NAE_eestikeelseid_kaarte, lk 6
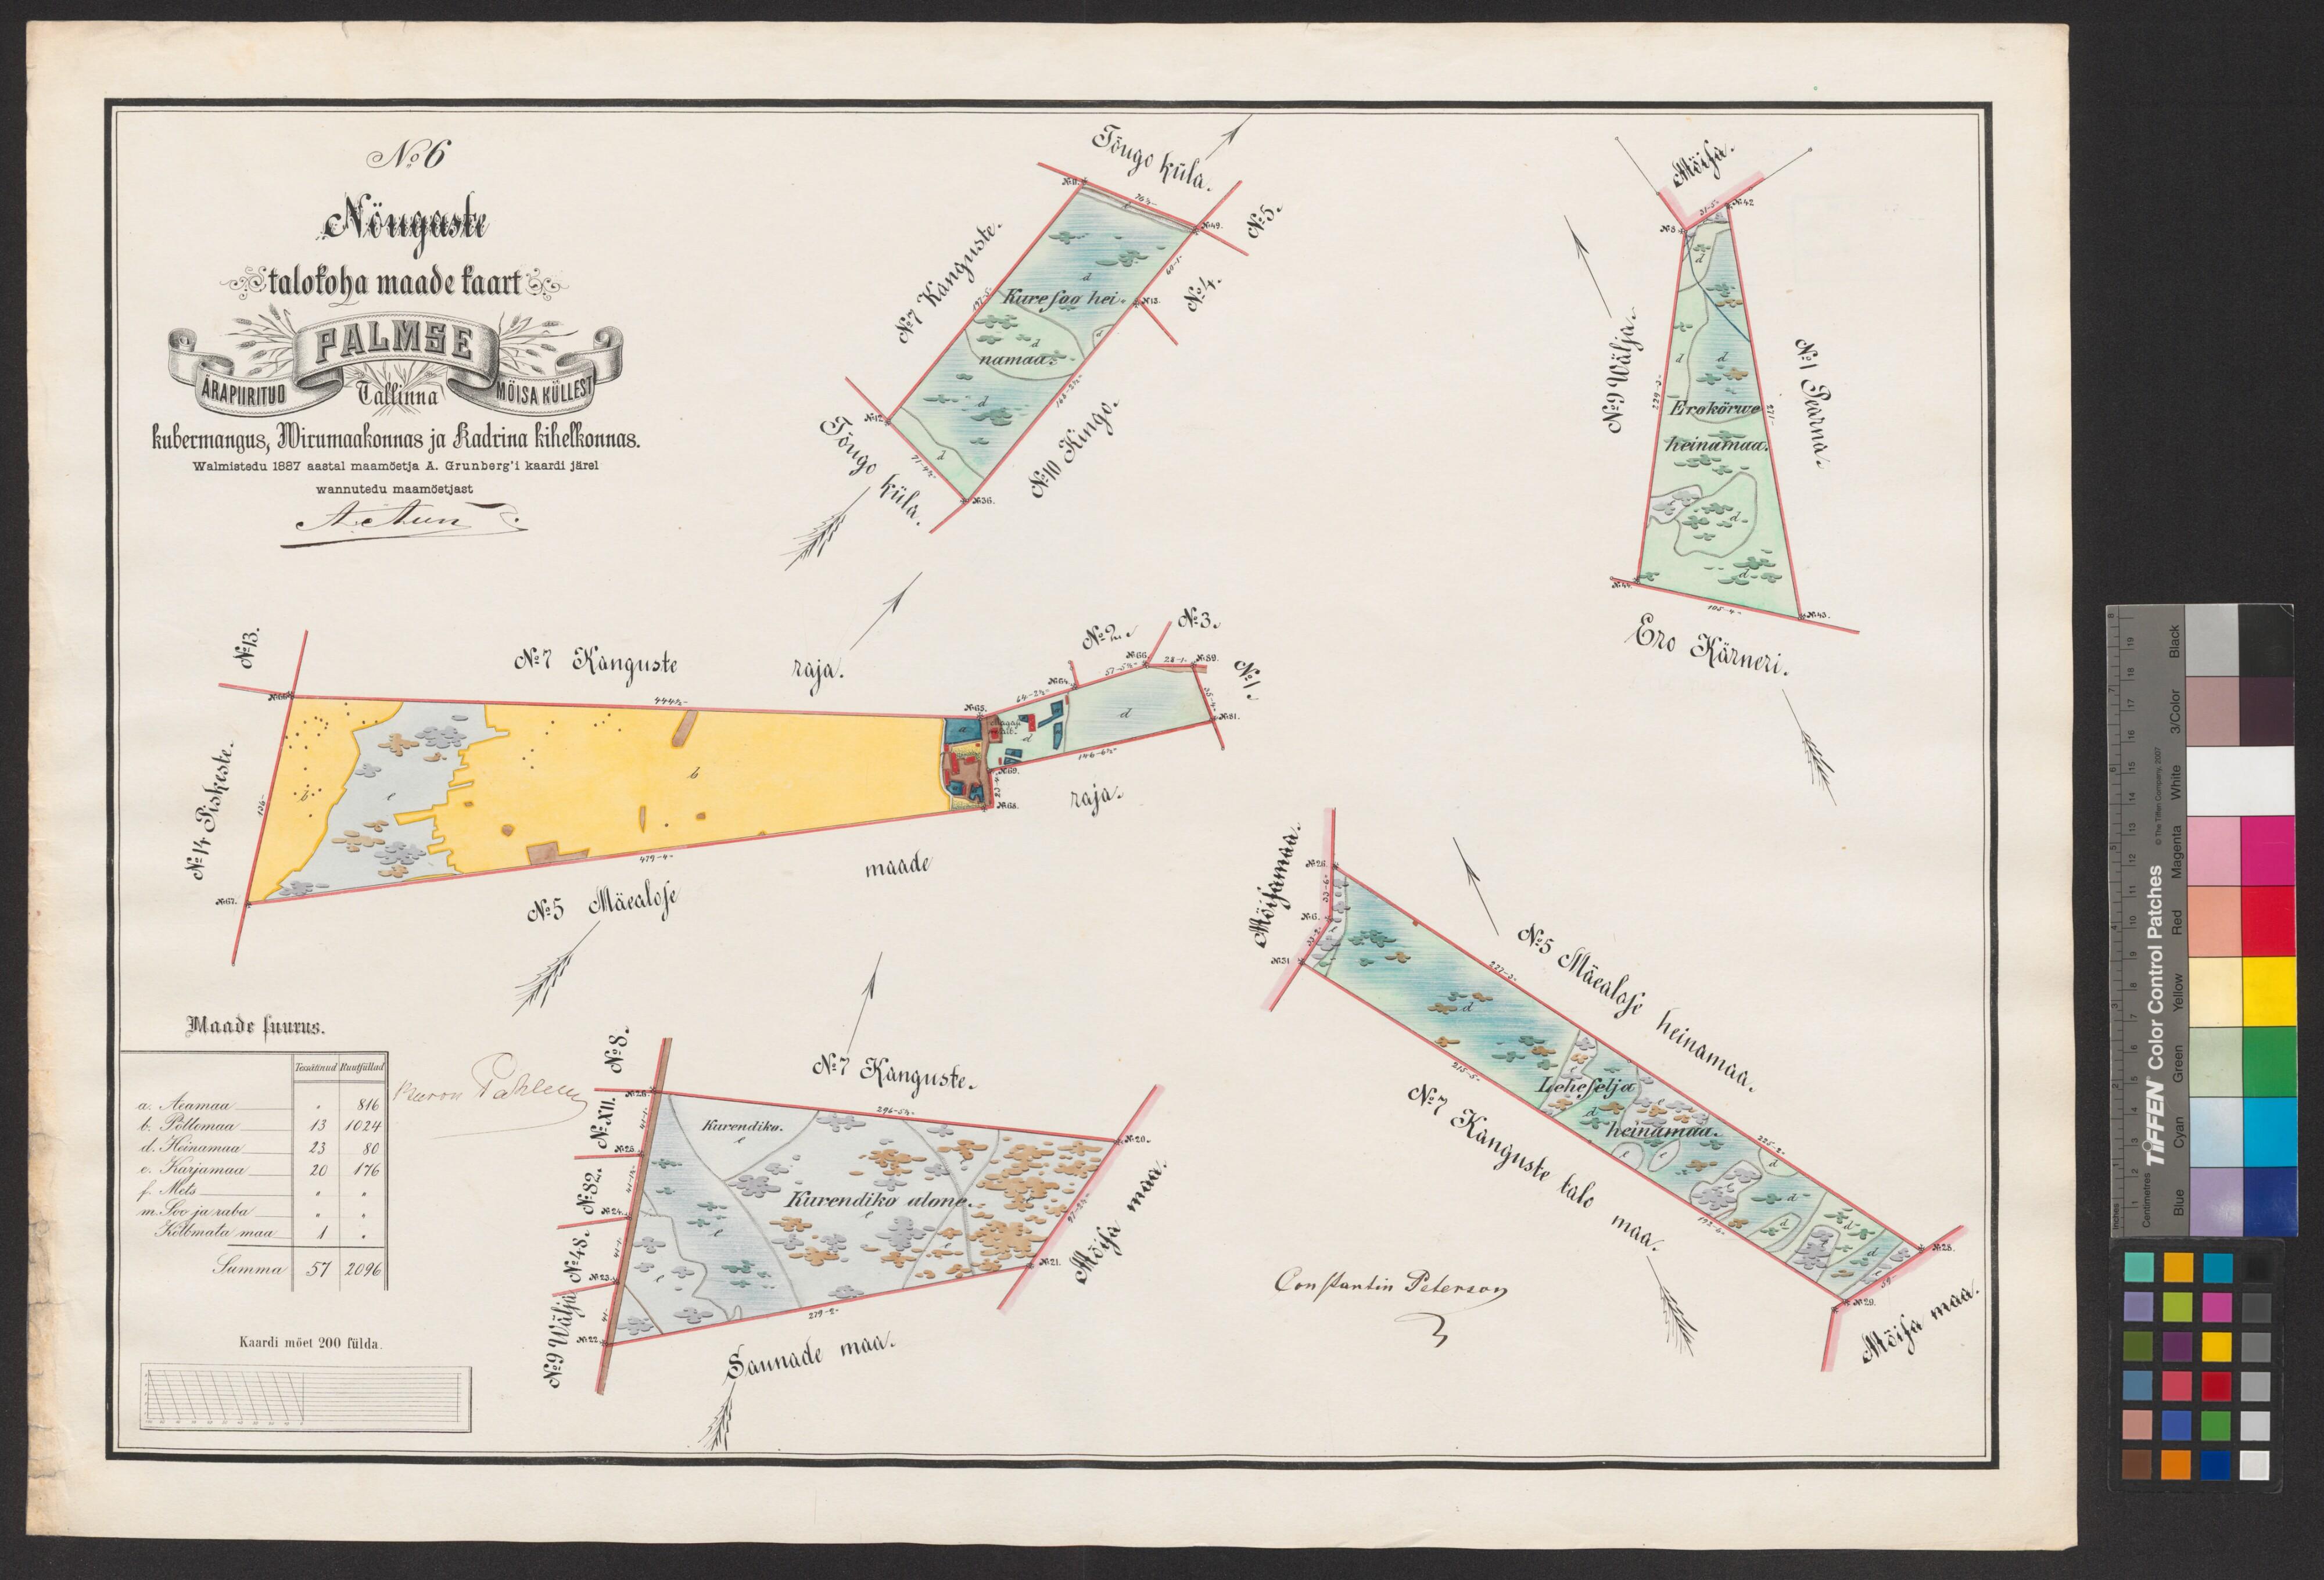
N: 6
Nöugaste
talokoha maade kaart
Kubermangus, Wiru maakonnas ja Kadrina kihelkonnas.
Walmistedu 1887 aastal maamöetja A. Grunberg'i kaardi järel
wannutedu maamöetjast
Maade suurus.
a. Aeamaa
b. Pöllomaa
d. Heinamaa
e. Karjamaa
f. Mets
m. Soo ja raba
Kölbmata maa
Summa
Kaardi mõet 200 sülda